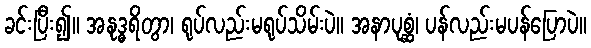
ခင်းပြီး၍။ အနုဒ္ဓရိတွာ၊ ရုပ်လည်းမရုပ်သိမ်းပဲ။ အနာပုစ္ဆံ၊ ပန်လည်းမပန်ပြောပဲ။